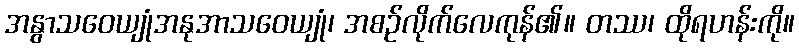
အနွာသဝေယျုံအနုအာသဝေယျုံ၊ အစဉ်လိုက်လေကုန်၏။ တဿ၊ ထိုရဟန်းကို။